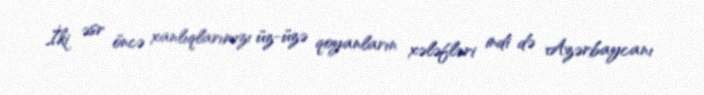
İki əsr öncə xanlıqlarımızı üz-üzə qoyanların xələfləri indi də Azərbaycanı